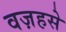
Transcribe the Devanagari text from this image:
वज़हसे